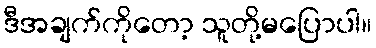
ဒီအချက်ကိုတော့ သူတို့မပြောပါ။